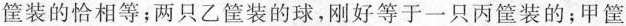
筐装的恰相等；两只乙筐装的球，刚好等于一只丙筐装的；甲筐